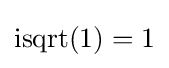
\operatorname {isqrt} (1)=1